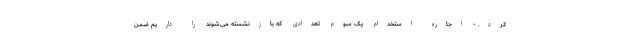
کرد. - اجازه استخدام یک سوم تعدادی که بازنشسته می‌شوند را داریم ضمن